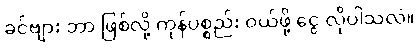
ခင်ဗျား ဘာ ဖြစ်လို့ ကုန်ပစ္စည်း ဝယ်ဖို့ ငွေ လိုပါသလဲ။